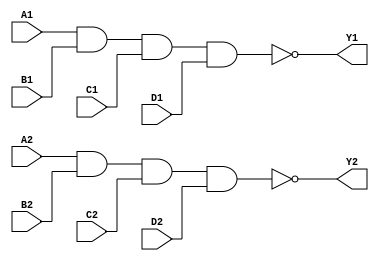
module mod_7418 (
	input A1, input B1, input C1, input D1, output Y1, 
	input A2, input B2, input C2, input D2, output Y2
);
	assign Y1 = !(A1 & B1 & C1 & D1);
	assign Y2 = !(A2 & B2 & C2 & D2);
endmodule